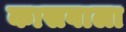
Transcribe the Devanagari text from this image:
कासवाला